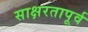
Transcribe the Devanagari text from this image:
साक्षरतापूर्व